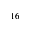
^ { 1 6 }